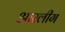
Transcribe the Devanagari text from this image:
आरलीग